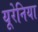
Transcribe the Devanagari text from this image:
यूरेनिया